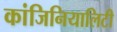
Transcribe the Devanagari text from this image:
कांजिनियालिटी